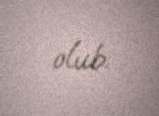
olub.